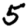
Digit: 5